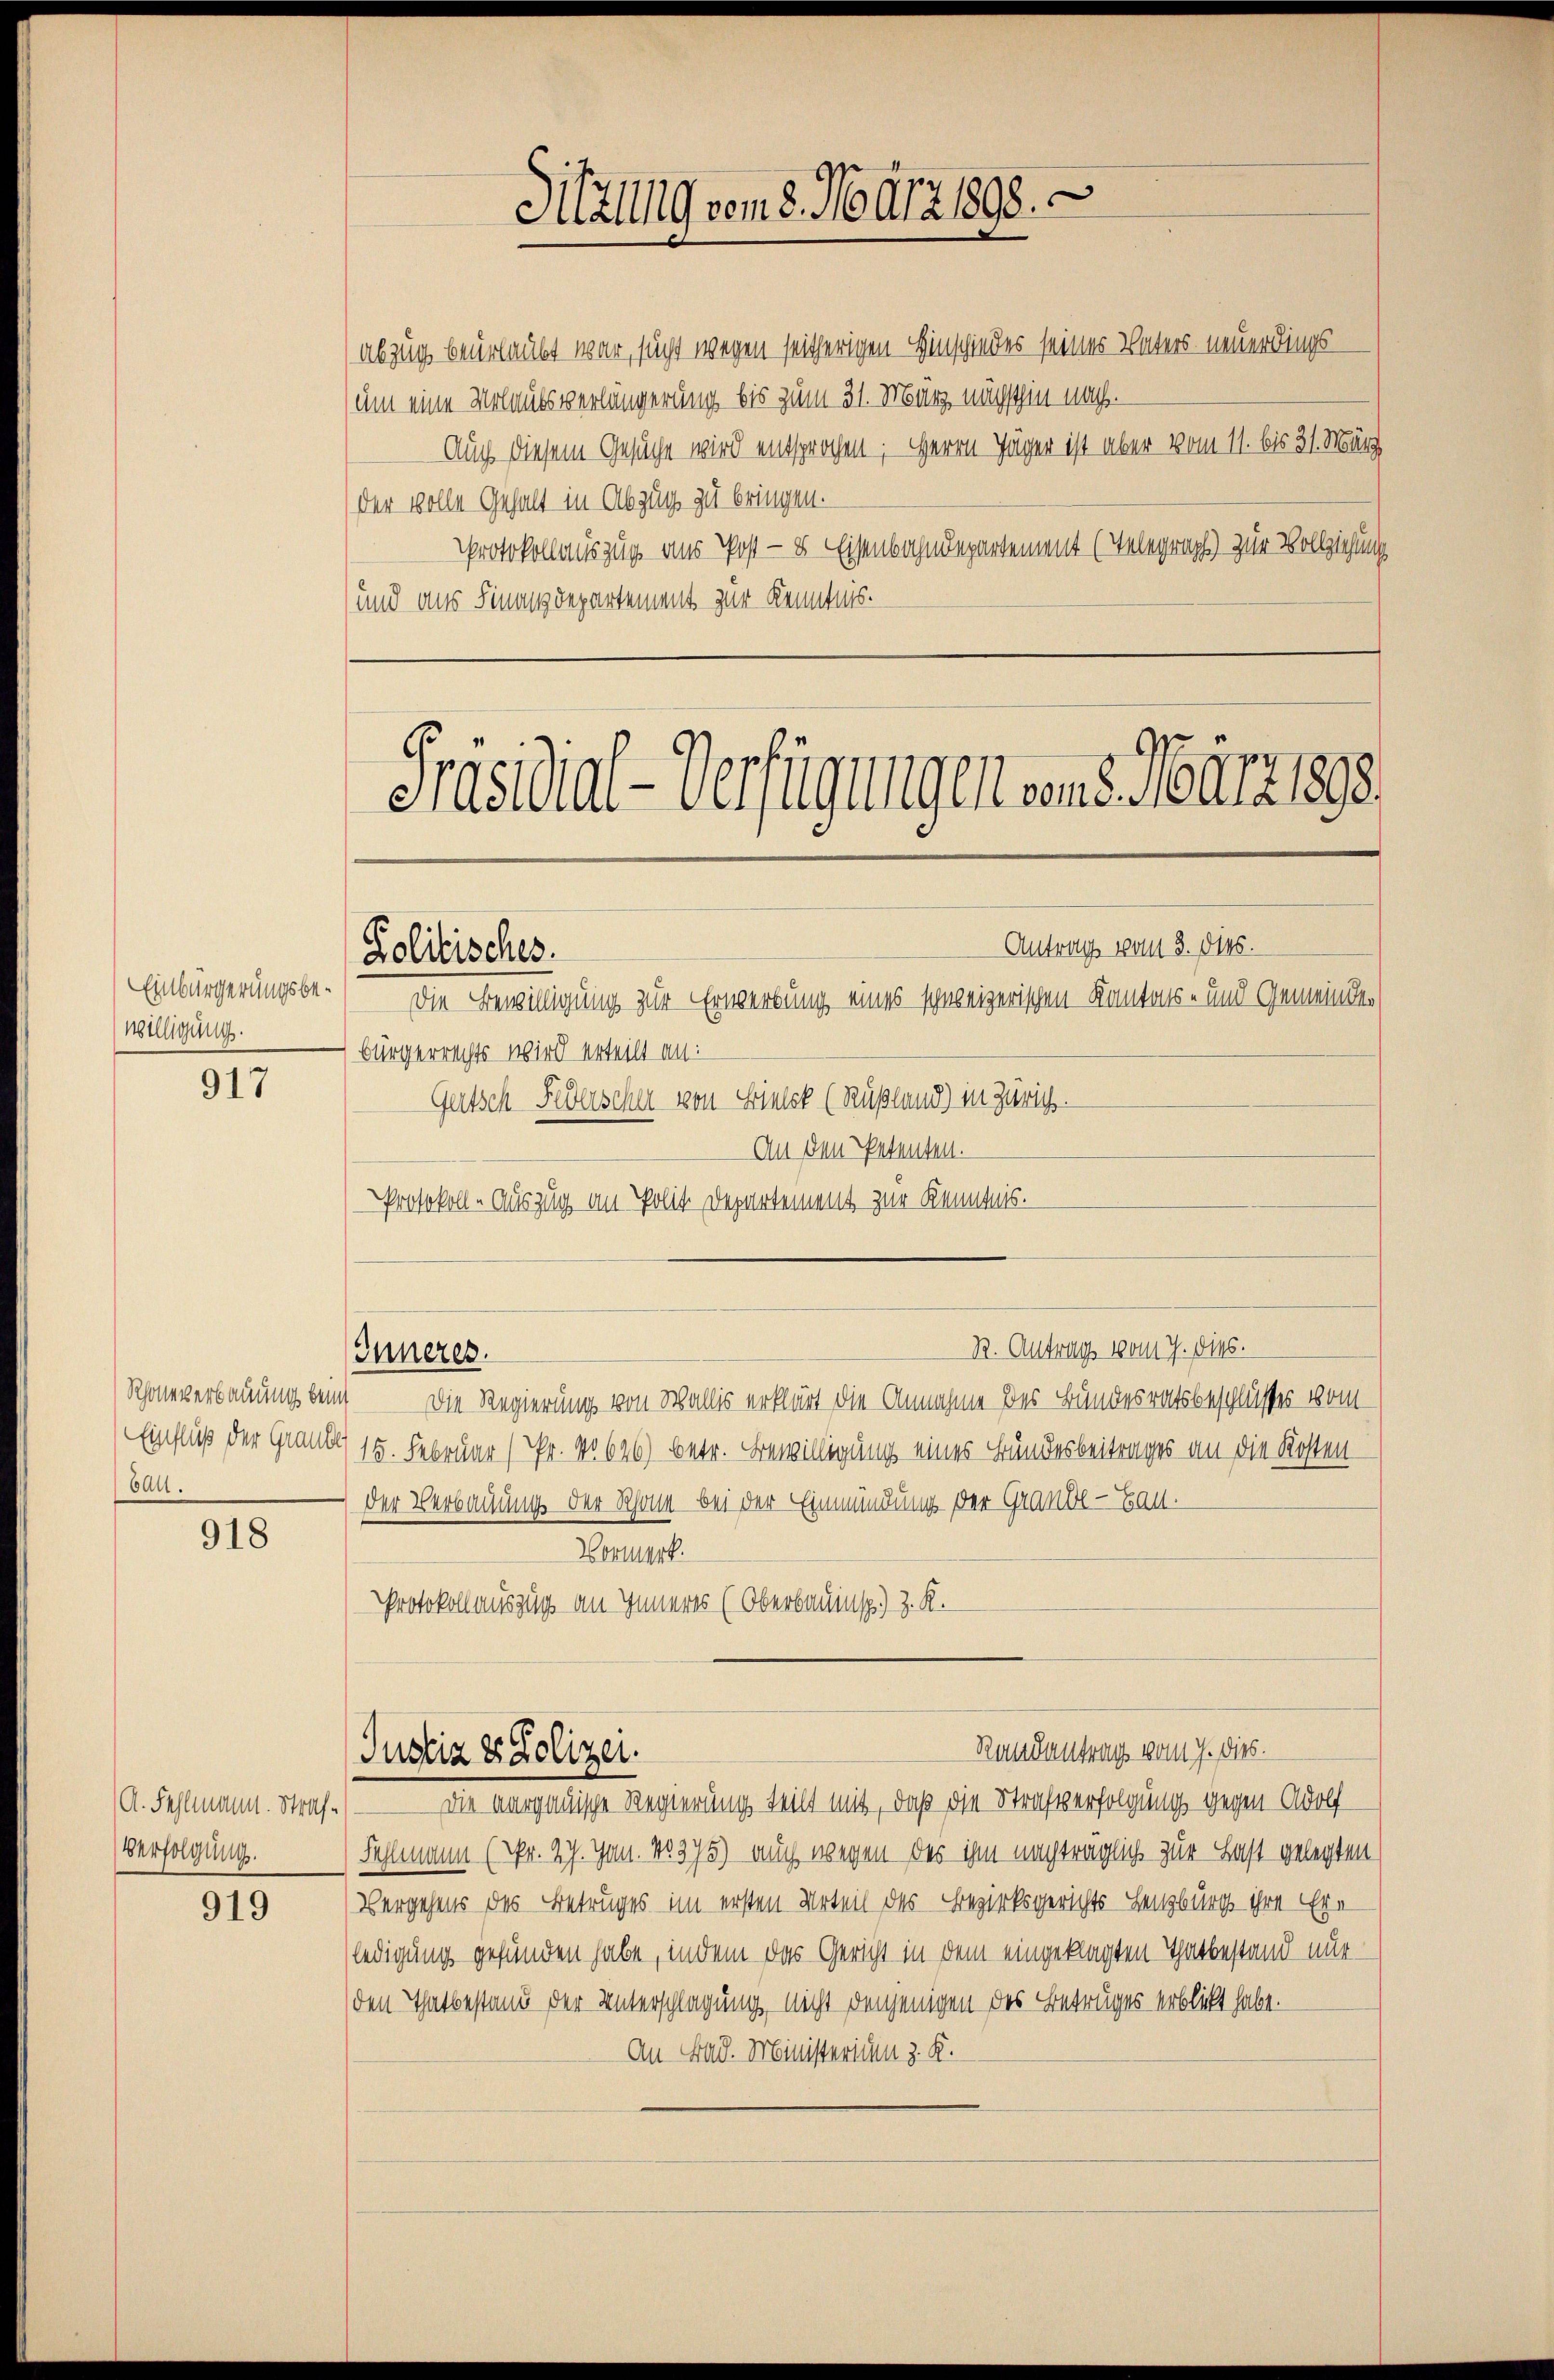
Einbürgerungsbe¬
Willigung.

917

Rhoneverbauung beins
Einfluß der Graube
balt.

918

Verfolgung.

919

abzug beurlaubt war, sucht wegen seitherigen Hinschiedes seines Vaters neuerdings
um eine Urlaufsverlängerung bis zum 31. März nächsthin nach.
Auch diesem Gesuche wird entsprochen: Herrn Jäger ist aber vom 11. bis 31. März
der volle Gehalt in Abzug zu bringen.
Protokollauszug aus Post — 8 Eisenbahndepartement (Telegraph) zur Vollziehung
und aus Finanzdepartement zur Kenntnis.

¬
Prasial-Verfügungen sens. Würzgege
Antrag vom 3. dies.
Lolitisches.

Die Bewilligung zur Erwerbung eines schweizerischen Kantons- und Gemeindebürgerrechts wird erteilt an:
Gutsch Federscher von Einlek (Rußland) in Zürich.
An den Petenten.
Protokoll-Auszug an Polit. Departement zur Kenntnis.
R. Antrag vom 7. dies.
Inneres.
Die Regierung von Wallis erklärt die Annahme des Bundesratsbeschlusses vom
15. Februar (Pr. No 626) betr. Bewilligung eines Bundesbeitrages an die Kosten
der Verbauung der Schöne bei der Einmündung der Graube - Bau.
Vormerk
Protokollauszug an Inneres (Oberbauinsp) z. R.

Justiz & Polizei.

Sitzung vom 8. März 1898.

Randantrag vom 7. dies.

A. Fehlmann. Straf.) Die aargauische Regierung teilt mit, daß die Strafe erfolgung gegen Adolf
Fehlmann (Pr. 27. Jan. 18375) auch wegen des ihm nachträglich zur Last gelegten
Vergehens des Betruges im ersten Urteil des Bezirksgerichts Lenzburg ihre Erledigung gefunden habe, indem das Gericht in dem eingeklagten Thatbestand nur
den Thatbestand der Unterschlagung, nicht denjenigen des Betruges erblickt habe.
An Bad. Ministerien z. K.